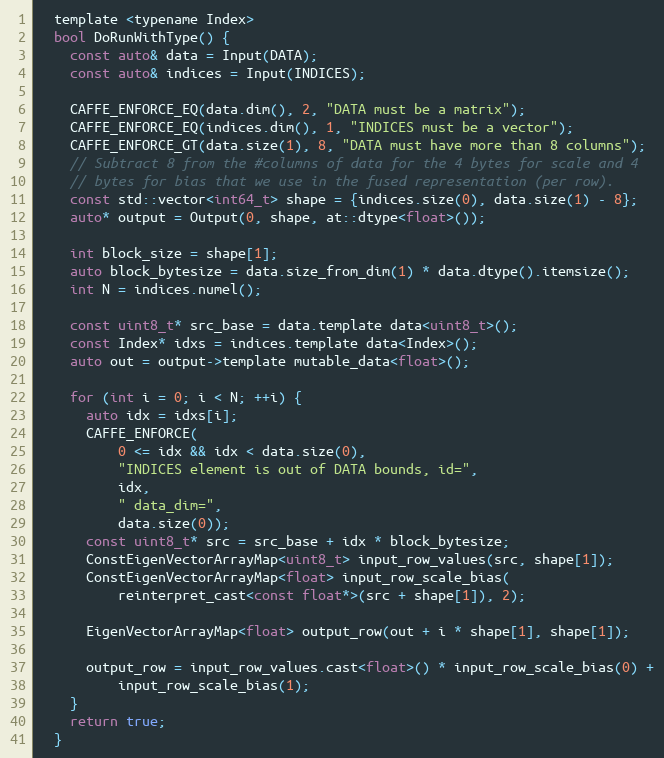
Language: C
  template <typename Index>
  bool DoRunWithType() {
    const auto& data = Input(DATA);
    const auto& indices = Input(INDICES);

    CAFFE_ENFORCE_EQ(data.dim(), 2, "DATA must be a matrix");
    CAFFE_ENFORCE_EQ(indices.dim(), 1, "INDICES must be a vector");
    CAFFE_ENFORCE_GT(data.size(1), 8, "DATA must have more than 8 columns");
    // Subtract 8 from the #columns of data for the 4 bytes for scale and 4
    // bytes for bias that we use in the fused representation (per row).
    const std::vector<int64_t> shape = {indices.size(0), data.size(1) - 8};
    auto* output = Output(0, shape, at::dtype<float>());

    int block_size = shape[1];
    auto block_bytesize = data.size_from_dim(1) * data.dtype().itemsize();
    int N = indices.numel();

    const uint8_t* src_base = data.template data<uint8_t>();
    const Index* idxs = indices.template data<Index>();
    auto out = output->template mutable_data<float>();

    for (int i = 0; i < N; ++i) {
      auto idx = idxs[i];
      CAFFE_ENFORCE(
          0 <= idx && idx < data.size(0),
          "INDICES element is out of DATA bounds, id=",
          idx,
          " data_dim=",
          data.size(0));
      const uint8_t* src = src_base + idx * block_bytesize;
      ConstEigenVectorArrayMap<uint8_t> input_row_values(src, shape[1]);
      ConstEigenVectorArrayMap<float> input_row_scale_bias(
          reinterpret_cast<const float*>(src + shape[1]), 2);

      EigenVectorArrayMap<float> output_row(out + i * shape[1], shape[1]);

      output_row = input_row_values.cast<float>() * input_row_scale_bias(0) +
          input_row_scale_bias(1);
    }
    return true;
  }